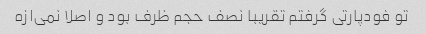
تو فودپارتی گرفتم تقریبا نصف حجم ظرف بود و اصلا نمی‌ازه